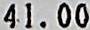
41.00